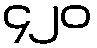
၄၂၀